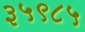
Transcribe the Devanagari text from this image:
३५९८५